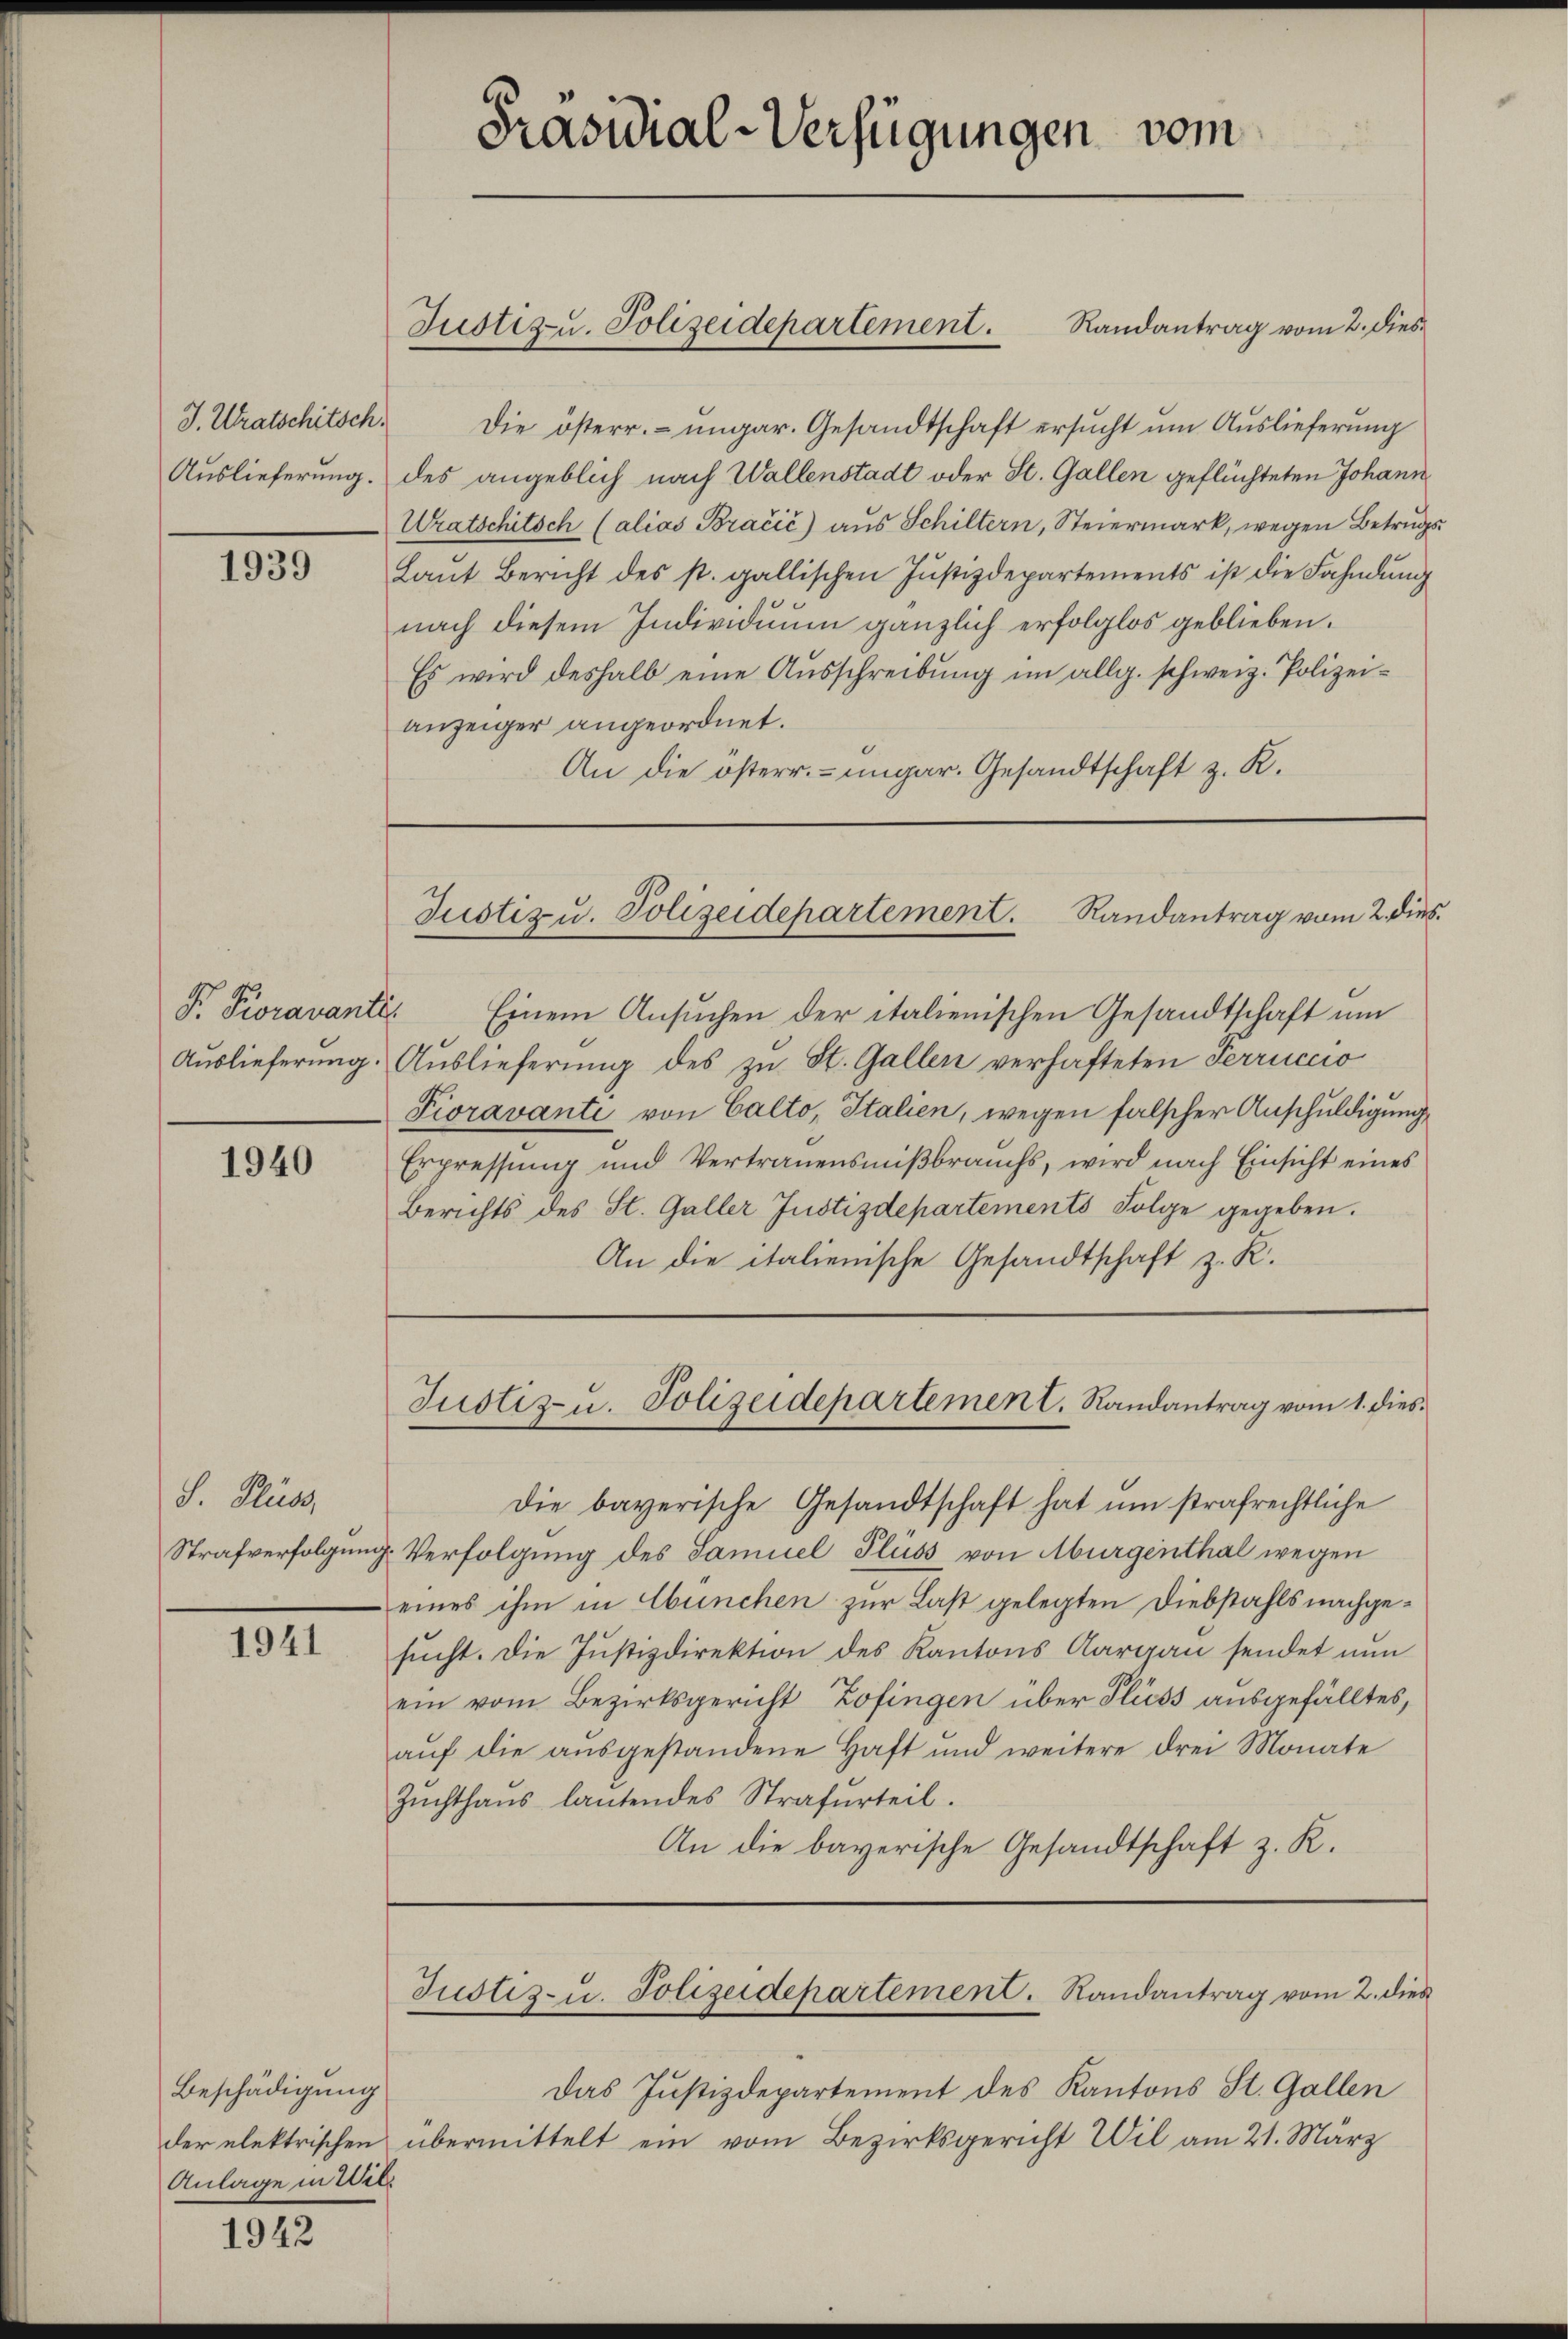
J. Utratschitsch.
Auslieferung.

1939

P. Pioravante.

1940

S. Fluss,

1941

Beschädigung
Anlage in Wil¬

1942

Die österr. ungar. Gesandtschaft ersucht um Auslieferung
des angeblich nach Wallenstadt oder St. Gallen geflüchteten Johann
Wratschitsch (alias Bračić) aus Schiltern, Steiermark, wegen Betrugs
Laŭt Bericht des s. gallischen Jŭstizdepartements ist die Fahndŭng
nach diesem Individuum gänzlich erfolglos geblieben.
Es wird deshalb eine Ausschreibung im allg. schweiz. Polizeianzeiger angeordnet.
An die österr.-ungar. Gesandtschaft z. K.

Präsidial-Verfügungen vom

Justiz- u. Polizeidepartement. Randantrag vom 2. dies¬

Justiz u. Polizeidepartement. Randantrag vom 2. dies

Einem Ansuchen der italienischen Gesandtschaft um
Auslieferung. Auslieferung des zŭ St. Gallen verhafteten Terriccio
Pioravanti von Calto, Italien, wegen falscher Anschuldigung,
Erpressung und Vertrauensmißbrauchs, wird nach Einsicht eines
Berichts des St. Galler Justizdepartements Folge gegeben.
An die italienische Gesandtschaft z. K.

Die bayerische Gesandtschaft hat um strafrechtliche
Strafverfolgung. Verfolgung des Samuel Pluss von Aburgenthal wegen
eines ihm in München zur Last gelegten Diebstahls nachgesucht. Die Justizdirektion des Kantons Aargau sendet nun
ein vom Bezirksgericht Zofingen über Pluss ausgefälltes,
aŭf die aŭsgestandene Haft und weitere drei Monate
Zŭchthaŭs lautendes Strafurteil.
An die bayerische Gesandtschaft z. K.

Justiz- u. Polizeidepartement. Randantrag vom 1. dies¬

Das Justizdepartement des Kantons St. Gallen
der elektrischen übermittelt ein vom Bezirksgericht Wil am 21. März

Justiz- u. Polizeidepartement. Randantrag vom 2. dies